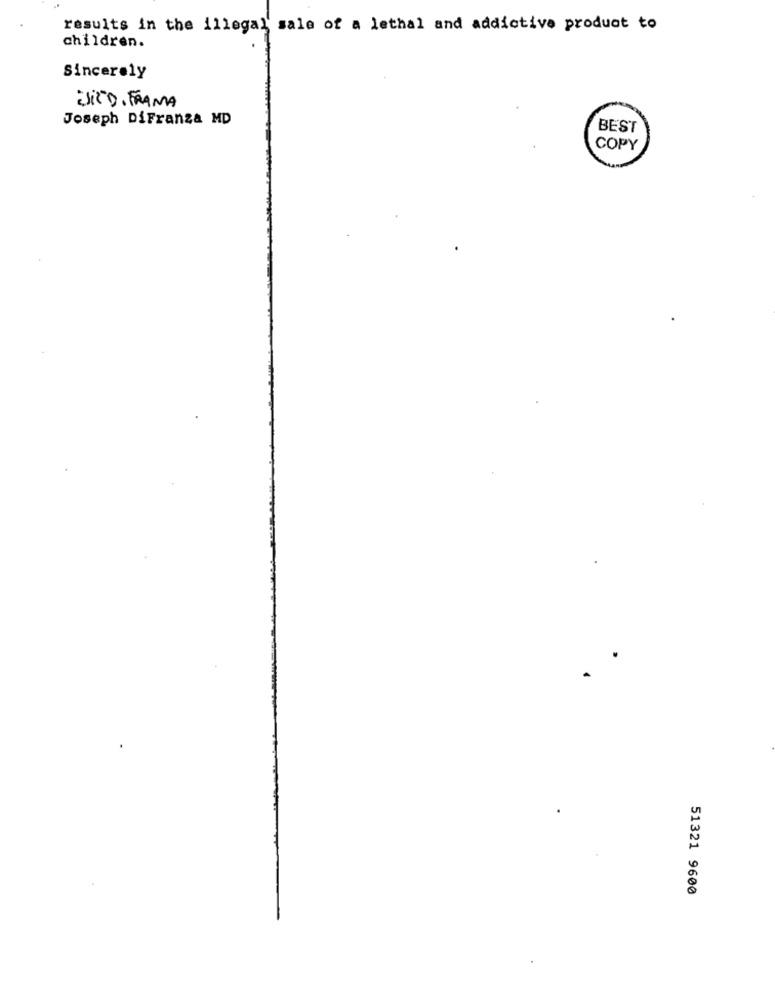
results in the illegal sale of a lethal and addictive product to
children.
Sincerely
SiCD. FRAMA
Joseph DiFranza MD
BEST
COPY
51321 9600